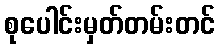
စုပေါင်းမှတ်တမ်းတင်